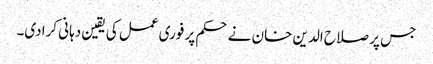
جس پر صلاح الدین خان نے حکم پر فوری عمل کی یقین دہانی کرادی۔